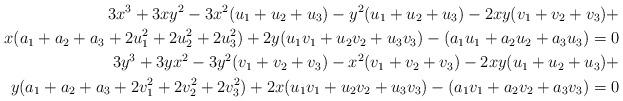
LaTeX: \begin{align*}3x^3+3xy^2-3x^2(u_1+u_2+u_3)-y^2(u_1+u_2+u_3)-2xy(v_1+v_2+v_3)+ \\ x(a_1+a_2+a_3+ 2u_1^2+2u_2^2+2u_3^2)+2y(u_1v_1+u_2v_2+u_3v_3)-(a_1u_1+a_2u_2+a_3u_3)=0 \\3y^3+3yx^2-3y^2(v_1+v_2+v_3)-x^2(v_1+v_2+v_3)-2xy(u_1+u_2+u_3)+ \\ y(a_1+a_2+a_3+ 2v_1^2+2v_2^2+2v_3^2)+2x(u_1v_1+u_2v_2+u_3v_3)-(a_1v_1+a_2v_2+a_3v_3)=0 \end{align*}